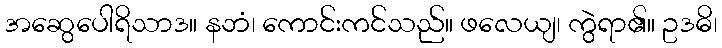
အဆွေပေါရိသာဒ။ နဘံ၊ ကောင်းကင်သည်။ ဖလေယျ၊ ကွဲရာ၏။ ဥဒဓိ၊